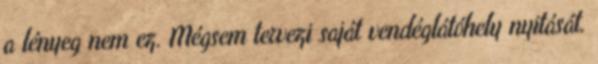
a lényeg nem ez. Mégsem tervezi saját vendéglátóhely nyitását.